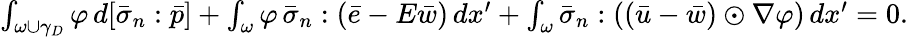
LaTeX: \begin{array}{r}{\int_{\omega\cup\gamma_{D}}\varphi\, d[\bar{\sigma}_{n}:\bar{p}]+\int_{\omega}\varphi\, \bar{\sigma}_{n}:(\bar{e}-E\bar{w})\, dx^{\prime}+\int_{\omega}\bar{\sigma}_{n}:\left((\bar{u}-\bar{w})\odot\nabla\varphi\right)\, dx^{\prime}=0.}\end{array}